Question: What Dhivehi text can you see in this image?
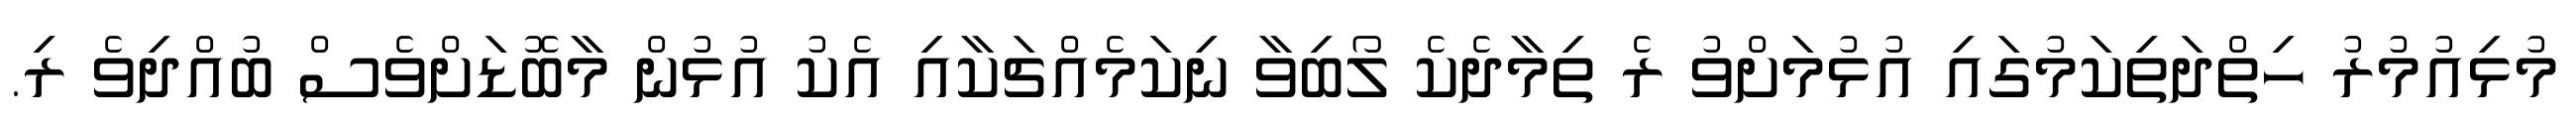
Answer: މުޅިއުމުރު ހިތްދަތިކަމުގައި އުޅުމަށްވު ރެ ތިމާދެކެ ލޯބިވާ ނިކަމެއްޗަކާއި އެކު އުޅުން މާބޮޑަށްވެސް ބުއްދިވެ ރި.